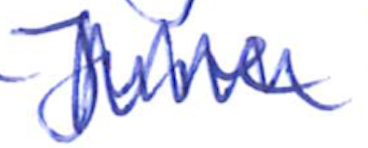
Text: June
Cross-out: zig-zag
Writing tool: ballpoint